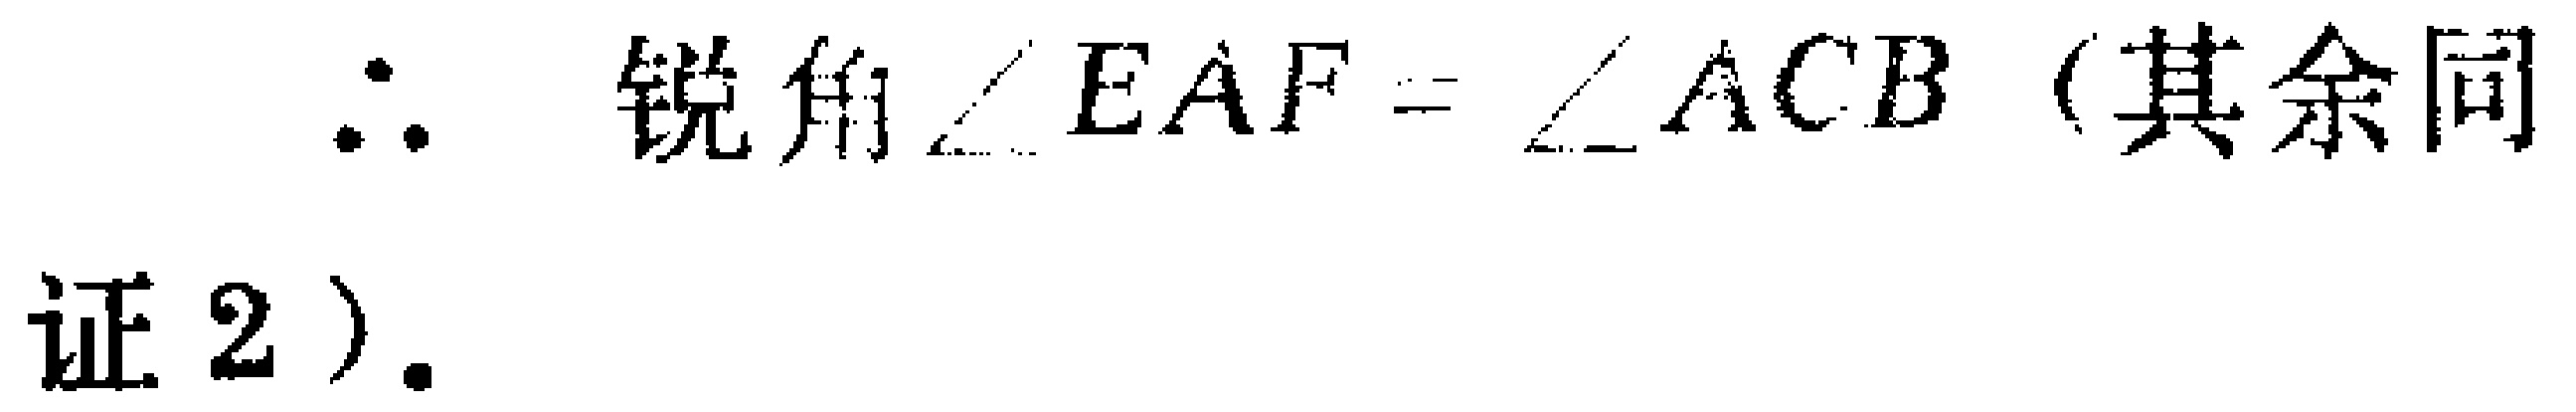
\(\therefore\) 锐角\(\angle EAF = \angle ACB\) (其余同证2).